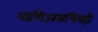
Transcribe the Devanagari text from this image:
वाणिज्यसचिवही